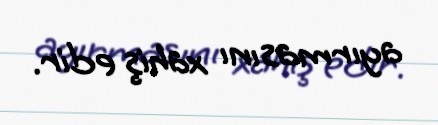
ayırmasını xahiş edir.